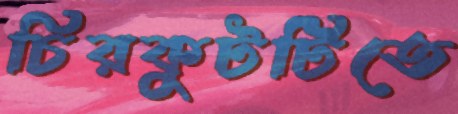
চিরকুটটিতে